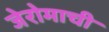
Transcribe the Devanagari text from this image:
जेरोमाची